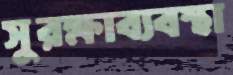
সুরক্ষাব্যবস্থা